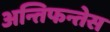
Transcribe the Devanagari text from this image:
अन्तिफन्तेस